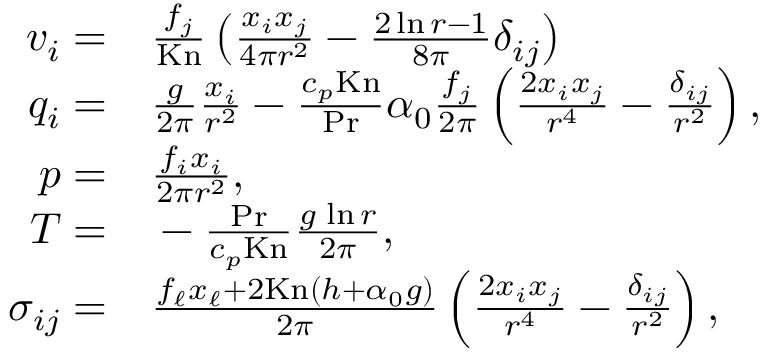
\begin{array} { r l } { v _ { i } = } & { { } \frac { f _ { j } } { \mathrm { K n } } \left( \frac { x _ { i } x _ { j } } { 4 \pi r ^ { 2 } } - \frac { 2 \ln { r } - 1 } { 8 \pi } \delta _ { i j } \right) } \\ { q _ { i } = } & { { } \frac { g } { 2 \pi } \frac { x _ { i } } { r ^ { 2 } } - \frac { c _ { p } \mathrm { K n } } { \mathrm { P r } } \alpha _ { 0 } \frac { f _ { j } } { 2 \pi } \left( \frac { 2 x _ { i } x _ { j } } { r ^ { 4 } } - \frac { \delta _ { i j } } { r ^ { 2 } } \right) , } \\ { p = } & { { } \frac { f _ { i } x _ { i } } { 2 \pi r ^ { 2 } } , } \\ { T = } & { { } - \frac { \mathrm { P r } } { c _ { p } \mathrm { K n } } \frac { g \, \ln { r } } { 2 \pi } , } \\ { \sigma _ { i j } = } & { { } \frac { f _ { \ell } x _ { \ell } + 2 \mathrm { K n } ( h + \alpha _ { 0 } g ) } { 2 \pi } \left( \frac { 2 x _ { i } x _ { j } } { r ^ { 4 } } - \frac { \delta _ { i j } } { r ^ { 2 } } \right) , } \end{array}